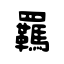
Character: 羈